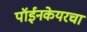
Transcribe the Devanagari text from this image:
पॉईनकेयरचा